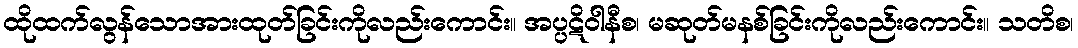
ထိုထက်လွန်သောအားထုတ်ခြင်းကိုလည်းကောင်း။ အပ္ပဋိဝါနီစ၊ မဆုတ်မနစ်ခြင်းကိုလည်းကောင်း။ သတိစ၊